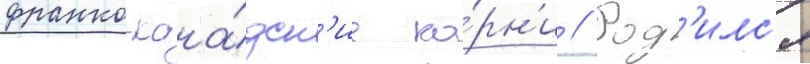
франко-кана́дск'ие ко́рн'и // Род'илс'я